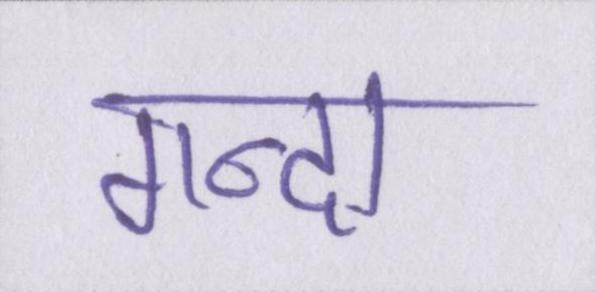
गन्दा